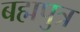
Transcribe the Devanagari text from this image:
बह्मपुत्र